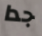
جدا